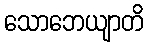
သောဘေယျာတိ